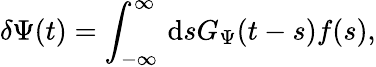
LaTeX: \delta\Psi(t)=\int_{-\infty}^{\infty}\, \mathrm{d}sG_{\Psi}(t-s)f(s),